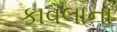
કાવલાના